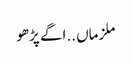
ملزماں ..اگے پڑھو